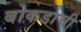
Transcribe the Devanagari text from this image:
बोकडाची